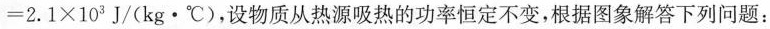
= 2 . 1 \times 1 0 ^ { 3 } J / ( k g \cdot